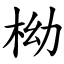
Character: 柪